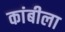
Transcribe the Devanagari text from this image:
कांबीला